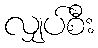
လျှပ်စီး